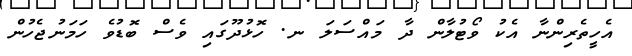
އެހީތެރިންނާ އެކު ވޯޓުލާން ދާ މައްސަލަ ނ. ހޮޅުދޫގައި ވެސް ބޮޑުވެ ހަމަނުޖެހުން